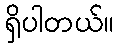
ရှိပါတယ်။